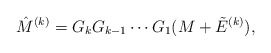
\begin{align*}\hat M^{(k)} = G_k G_{k-1}\cdots G_1(M+\tilde E^{(k)}),\end{align*}